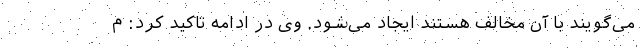
می‌گویند با آن مخالف هستند ایجاد می‌شود. وی در ادامه تاکید کرد: م